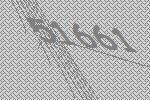
51661